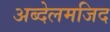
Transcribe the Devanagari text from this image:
अब्देलमजिद